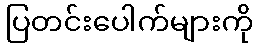
ပြတင်းပေါက်များကို